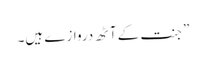
”جنت کے آٹھ دروازے ہیں۔